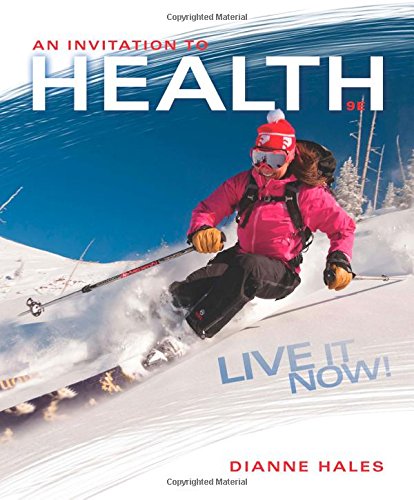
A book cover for An Invitation to Health: Live It Now! Brief Edition; Dianne Hales; Medical Books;